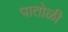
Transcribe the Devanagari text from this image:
पातोळी